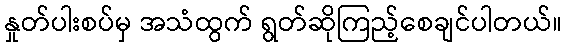
နှုတ်ပါးစပ်မှ အသံထွက် ရွတ်ဆိုကြည့်စေချင်ပါတယ်။